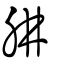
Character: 肼